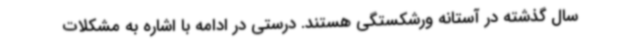
سال گذشته در آستانه ورشکستگی هستند. درستی در ادامه با اشاره به مشکلات